Report of the Indian Hemp Drugs Commission, 1894-1895 - Volume IV
Year: 1894
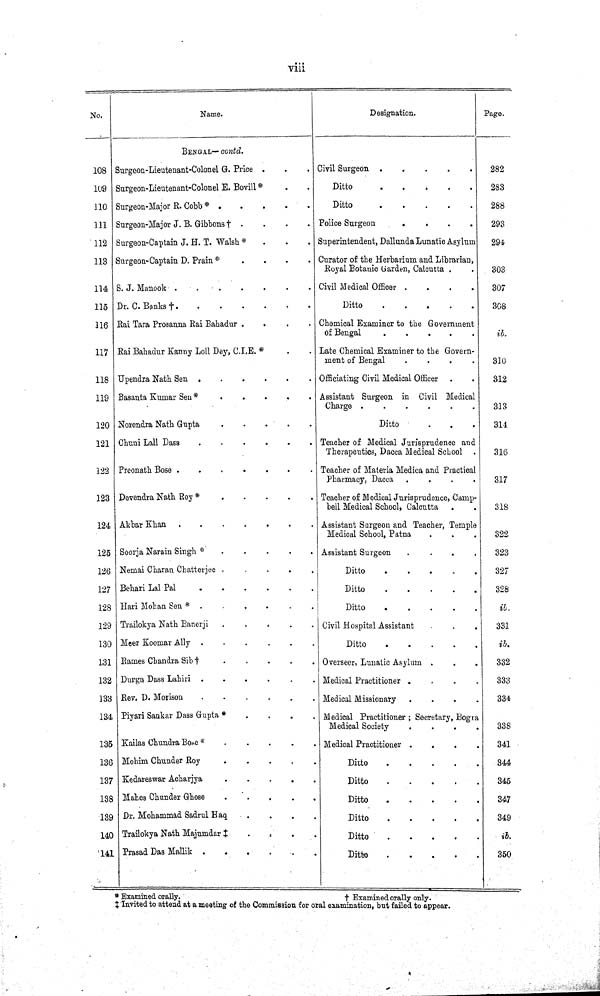
viii
No.
Name.
Designation.
Page.
BENGAL—contd.
108 Surgeon-Lieutenant-Colonel G. Price
Civil Surgeon
282
109 Surgeon-Lieutenant-Colonel E. Bovill *
Ditto
283
110 Surgeon-Major R. Cobb *
Ditto
288
111 Surgeon-Major J. B. Gibbons †
Police Surgeon
293
112 Surgeon-Captain J. H. T. Walsh *
Superintendent, Dallunda Lunatic Asylum
294
113 Surgeon-Captain D. Prain *
Curator of the Herbarium and Librarian,
Royal Botanic Garden, Calcutta
303
114 S. J. Manook
Civil Medical Officer
307
115 Dr. C. Banks
†
Ditto
308
116
Rai Tara Prosanna Rai Bahadur
Chemical Examiner to the Government
of Bengal
ib.
117 Rai Bahadur Kanny Loll Dey, C.I.E. *
Late Chemical Examiner to the Govern-
ment of Bengal
310
118 Upendra Nath Sen
Officiating Civil Medical Officer
312
119 Basanta Kumar Sen *
Assistant Surgeon in Civil Medical
Charge
313
120 Norendra Nath Gupta
Ditto
314
121 Chuni Lall Dass
Teacher of Medical Jurisprudence and
Therapeutics, Dacca Medical School
316
122 Preonath Bose
Teacher of Materia Medica and Practical
Pharmacy, Dacca
317
123 Devendra Nath Roy *
Teacher of Medical Jurisprudence, Camp-
bell Medical School, Calcutta
318
124 Akbar Khan
Assistant Surgeon and Teacher, Temple
Medical School, Patna
322
125 Soorja Narain Singh *
Assistant Surgeon
323
126 Nemai Charan Chatterjee
Ditto
327
127 Behari Lal Pal
Ditto
328
128 Hari Mohan Sen *
Ditto
ib.
129 Trailokya Nath Banerji
Civil Hospital Assistant
331
130 Meer Koomar Ally
Ditto
ib.
131 Rames Chandra Sib
† Overseer, Lunatic Asylum
332
132 Durga Dass Lahiri
Medical Practitioner
333
133 Rev. D. Morison
Medical Missionary
334
134 Piyari Sankar Dass Gupta *
Medical Practitioner; Secretary, Bogra
Medical Society
338
135 Kailas Chundra Bose
* Medical Practitioner
341
136 Mohim Chunder Roy
Ditto
344
137 Kedareswar Acharjya
Ditto
345
138 Mahes Chunder Ghose
Ditto
347
139 Dr. Mohammad Sadrul Haq
Ditto
349
140 Trailokya Nath Majumdar ‡
Ditto
ib.
141 Prasad Das Mallik
Ditto
350
* Examined orally.
†
Examined orally only.
‡ Invited to attend at a meeting of the Commission for oral examination, but failed to appear.